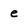
Character: e